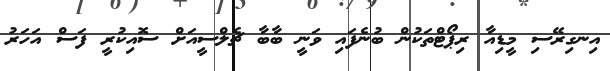
އިނގިރޭސި މީޑިއާ ރިޕޯޓްތަކުން ބުނެފައި ވަނީ ބާބާ ޗެލްސީއަށް ސޮއިކުރީ ފަސް އަހަރު